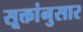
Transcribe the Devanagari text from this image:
सूक्तांनुसार